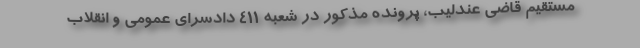
مستقیم قاضی عندلیب، پرونده مذکور در شعبه ۴۱۱ دادسرای عمومی و انقلاب